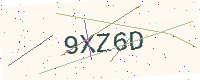
Text: 9XZ6D